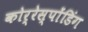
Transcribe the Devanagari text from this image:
कोर्रेस्पोंडिंग